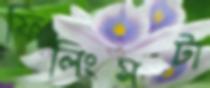
ফিলিংসটা